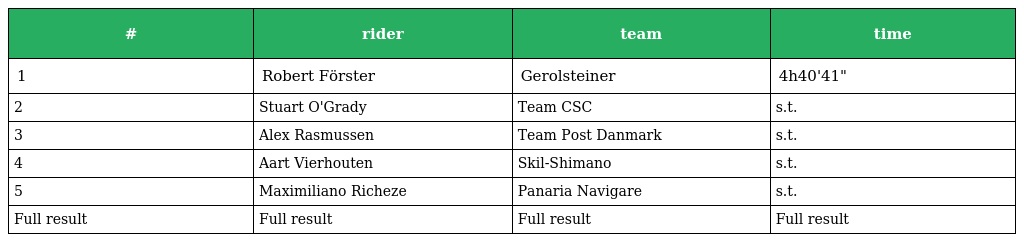
| # | rider | team | time |
 | --- | --- | --- | --- |
 | 1 | Robert Förster | Gerolsteiner | 4h40'41" |
 | 2 | Stuart O'Grady | Team CSC | s.t. |
 | 3 | Alex Rasmussen | Team Post Danmark | s.t. |
 | 4 | Aart Vierhouten | Skil-Shimano | s.t. |
 | 5 | Maximiliano Richeze | Panaria Navigare | s.t. |
 | Full result | Full result | Full result | Full result |